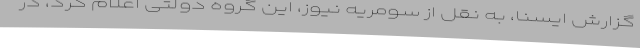
گزارش ایسنا، به نقل از سومریه نیوز، این گروه دولتی اعلام کرد، در